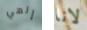
إلهي لانا